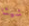
شيئا